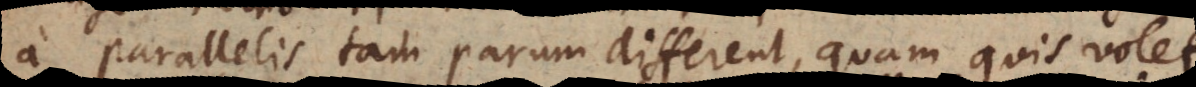
a parallelis tam parum different, quam quis volet,